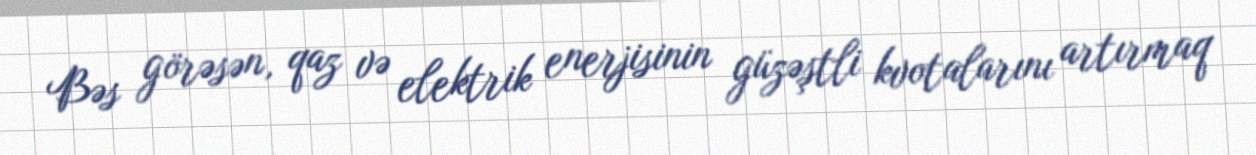
Bəs görəsən, qaz və elektrik enerjisinin güzəştli kvotalarını artırmaq